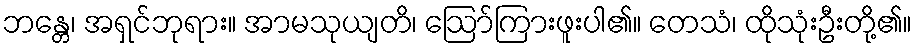
ဘန္တေ၊ အရှင်ဘုရား။ အာမသုယျတိ၊ ဩော်ကြားဖူးပါ၏။ တေသံ၊ ထိုသုံးဦးတို့၏။